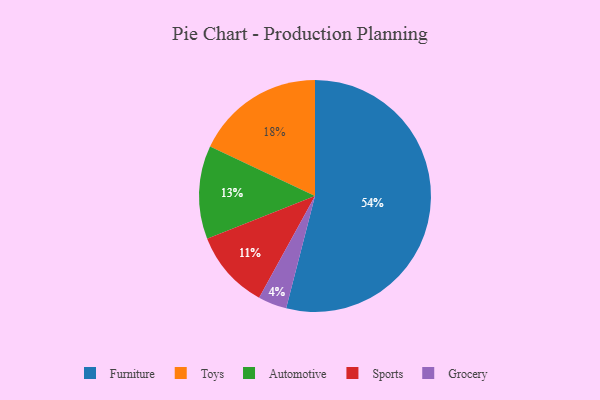
{"axis": {"x": "Category", "y": "Percentage"}, "legend": ["Automotive", "Furniture", "Grocery", "Sports", "Toys"], "data": [{"x": "Sports", "y": 11, "type": "Sports"}, {"x": "Automotive", "y": 13, "type": "Automotive"}, {"x": "Toys", "y": 18, "type": "Toys"}, {"x": "Grocery", "y": 4, "type": "Grocery"}, {"x": "Furniture", "y": 54, "type": "Furniture"}]}